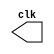
// ---------------------------------------
// Exercicio 03 - Guia 08
// Nome: Felipe Trres
// ---------------------------------------

//-----------------------------
// -- CLOCK
//-----------------------------
module clock ( clk );
	output clk;
	reg clk;
	initial begin
	   clk = 1'b0;
	end
	
	always begin
	   #12 clk = ~clk;
	end
endmodule // clock ( )

// -------------------------
// -- FLIP FLOP D
// -------------------------
module FlipFlopD(q,qnot,data,clk);
	output q;
	output qnot;
	input data;
	input clk;
	
	reg q,qnot;
	
	initial begin
		q = 1'b0;
		qnot = 1'b1;
	end
	always @ (posedge clk)
		begin
		q <= data;	qnot <= ~q;
		end
			
endmodule //--FlipFlopD

// ----------------------------------------------------------
// --  Registrador de deslocamento circular para a direita
// ----------------------------------------------------------
module rightRegister (output [3:0]s, input d, input clk);
wire nots;	
	
	FlipFlopD FF0 (s[3], nots, d, clk);
	FlipFlopD FF1 (s[2], nots, s[3], clk);
	FlipFlopD FF2 (s[1], nots, s[2], clk);
	FlipFlopD FF3 (s[0], nots, s[1], clk);
	
	
endmodule//--rightRegister

// -------------------------
// -- Teste
// -------------------------

module teste;

wire [3:0] saida;
reg d;
wire clock; 
clock clk ( clock ); 

rightRegister RF1 (saida, d, clock);
	
	initial begin
		$display("Exercicio 03 - Felipe Trres - 412738");
		$display("D CLOCK SAIDA");
		d = 1;
		$monitor("%1b    %1b    %5b", d, clock, saida);
		#23 d = 0;
		#120 $finish;
	end

endmodule //--teste